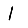
Digit: 1